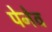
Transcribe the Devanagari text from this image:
पेनेव